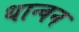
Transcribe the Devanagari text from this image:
धान्वन